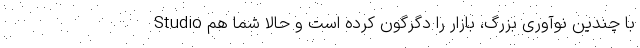
Studio با چندین نوآوری بزرگ، بازار را دگرگون کرده است و حالا شما هم